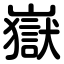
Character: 嶽